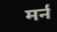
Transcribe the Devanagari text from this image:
मर्न